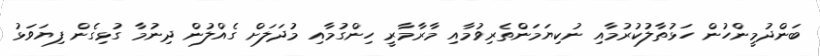
ބަންދުމީންހުން ހަޅުތާލުކުރުމާއި ނުކިޔަމަންތެރިވުމާއި މާރާމާރީ ހިންގުމާއި މުދަލަށް ގެއްލުން ދިނުމާ ގުޅިގެން ފިޔަވަޅު